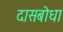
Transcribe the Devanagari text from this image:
दासबोधा